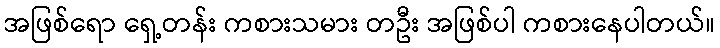
အဖြစ်ရော ရှေ့တန်း ကစားသမား တဦး အဖြစ်ပါ ကစားနေပါတယ်။